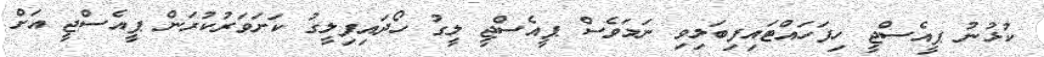
ކުޅުނު ޕީއެސްޖީ ހިފަހައްޓައިފިބަލިވި ނަމަވެސް ޕީއެސްޖީ ލީގު ހޯދައިފިލީގު ކަށަވަރުކުރަން ޕީއެސްޖީ އަށް